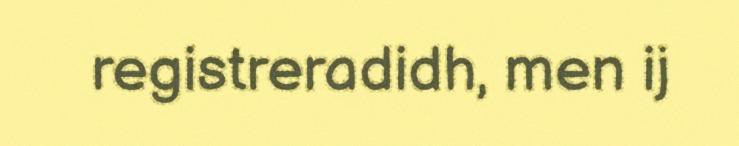
registreradidh, men ij